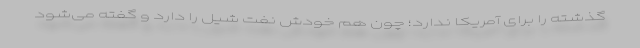
گذشته را برای آمریکا ندارد؛ چون هم خودش نفت شیل را دارد و گفته می‌شود